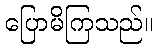
ပြောမိကြသည်။